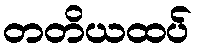
တတိယထပ်